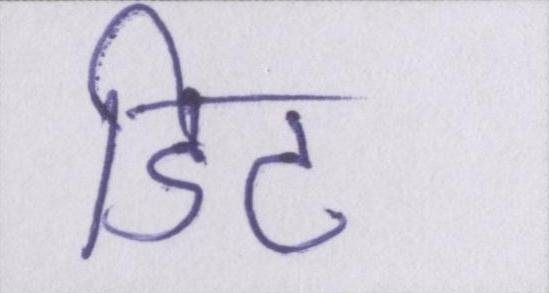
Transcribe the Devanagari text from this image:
डिट